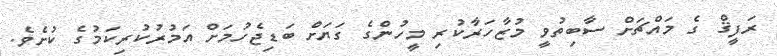
ރަފީޤް ގެ މައްޗަށް ސާބިތުވީ މުޒާހަރާކުރި މީހުންގެ ގަޔަަށް ބަޑިޖެހުމަށް އަމުރުކުރިކަމުގެ ކުށެވެ.